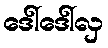
ဒေါ်ဒေါ်လှ